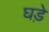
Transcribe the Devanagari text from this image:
घडे़